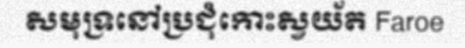
សមុទ្រនៅប្រជុំកោះស្វយ័ត Faroe